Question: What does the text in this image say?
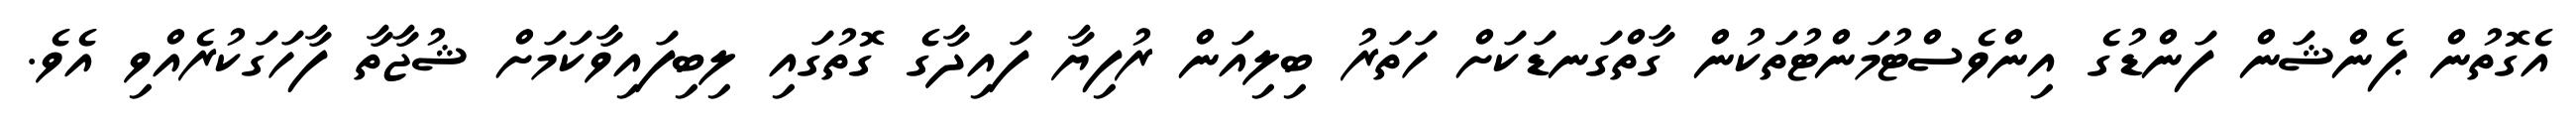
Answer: އެގޮތުން ޕެންޝަން ފަންޑުގެ އިންވެސްޓުމަންޓުތަކުން ގާތްގަނޑަކަށް ހަތަރު ބިލިއަން ރުފިޔާ ފައިދާގެ ގޮތުގައި ލިބިފައިވާކަމަށް ޝުޖާތާ ފާހަގަކުރެއްވި އެވެ.